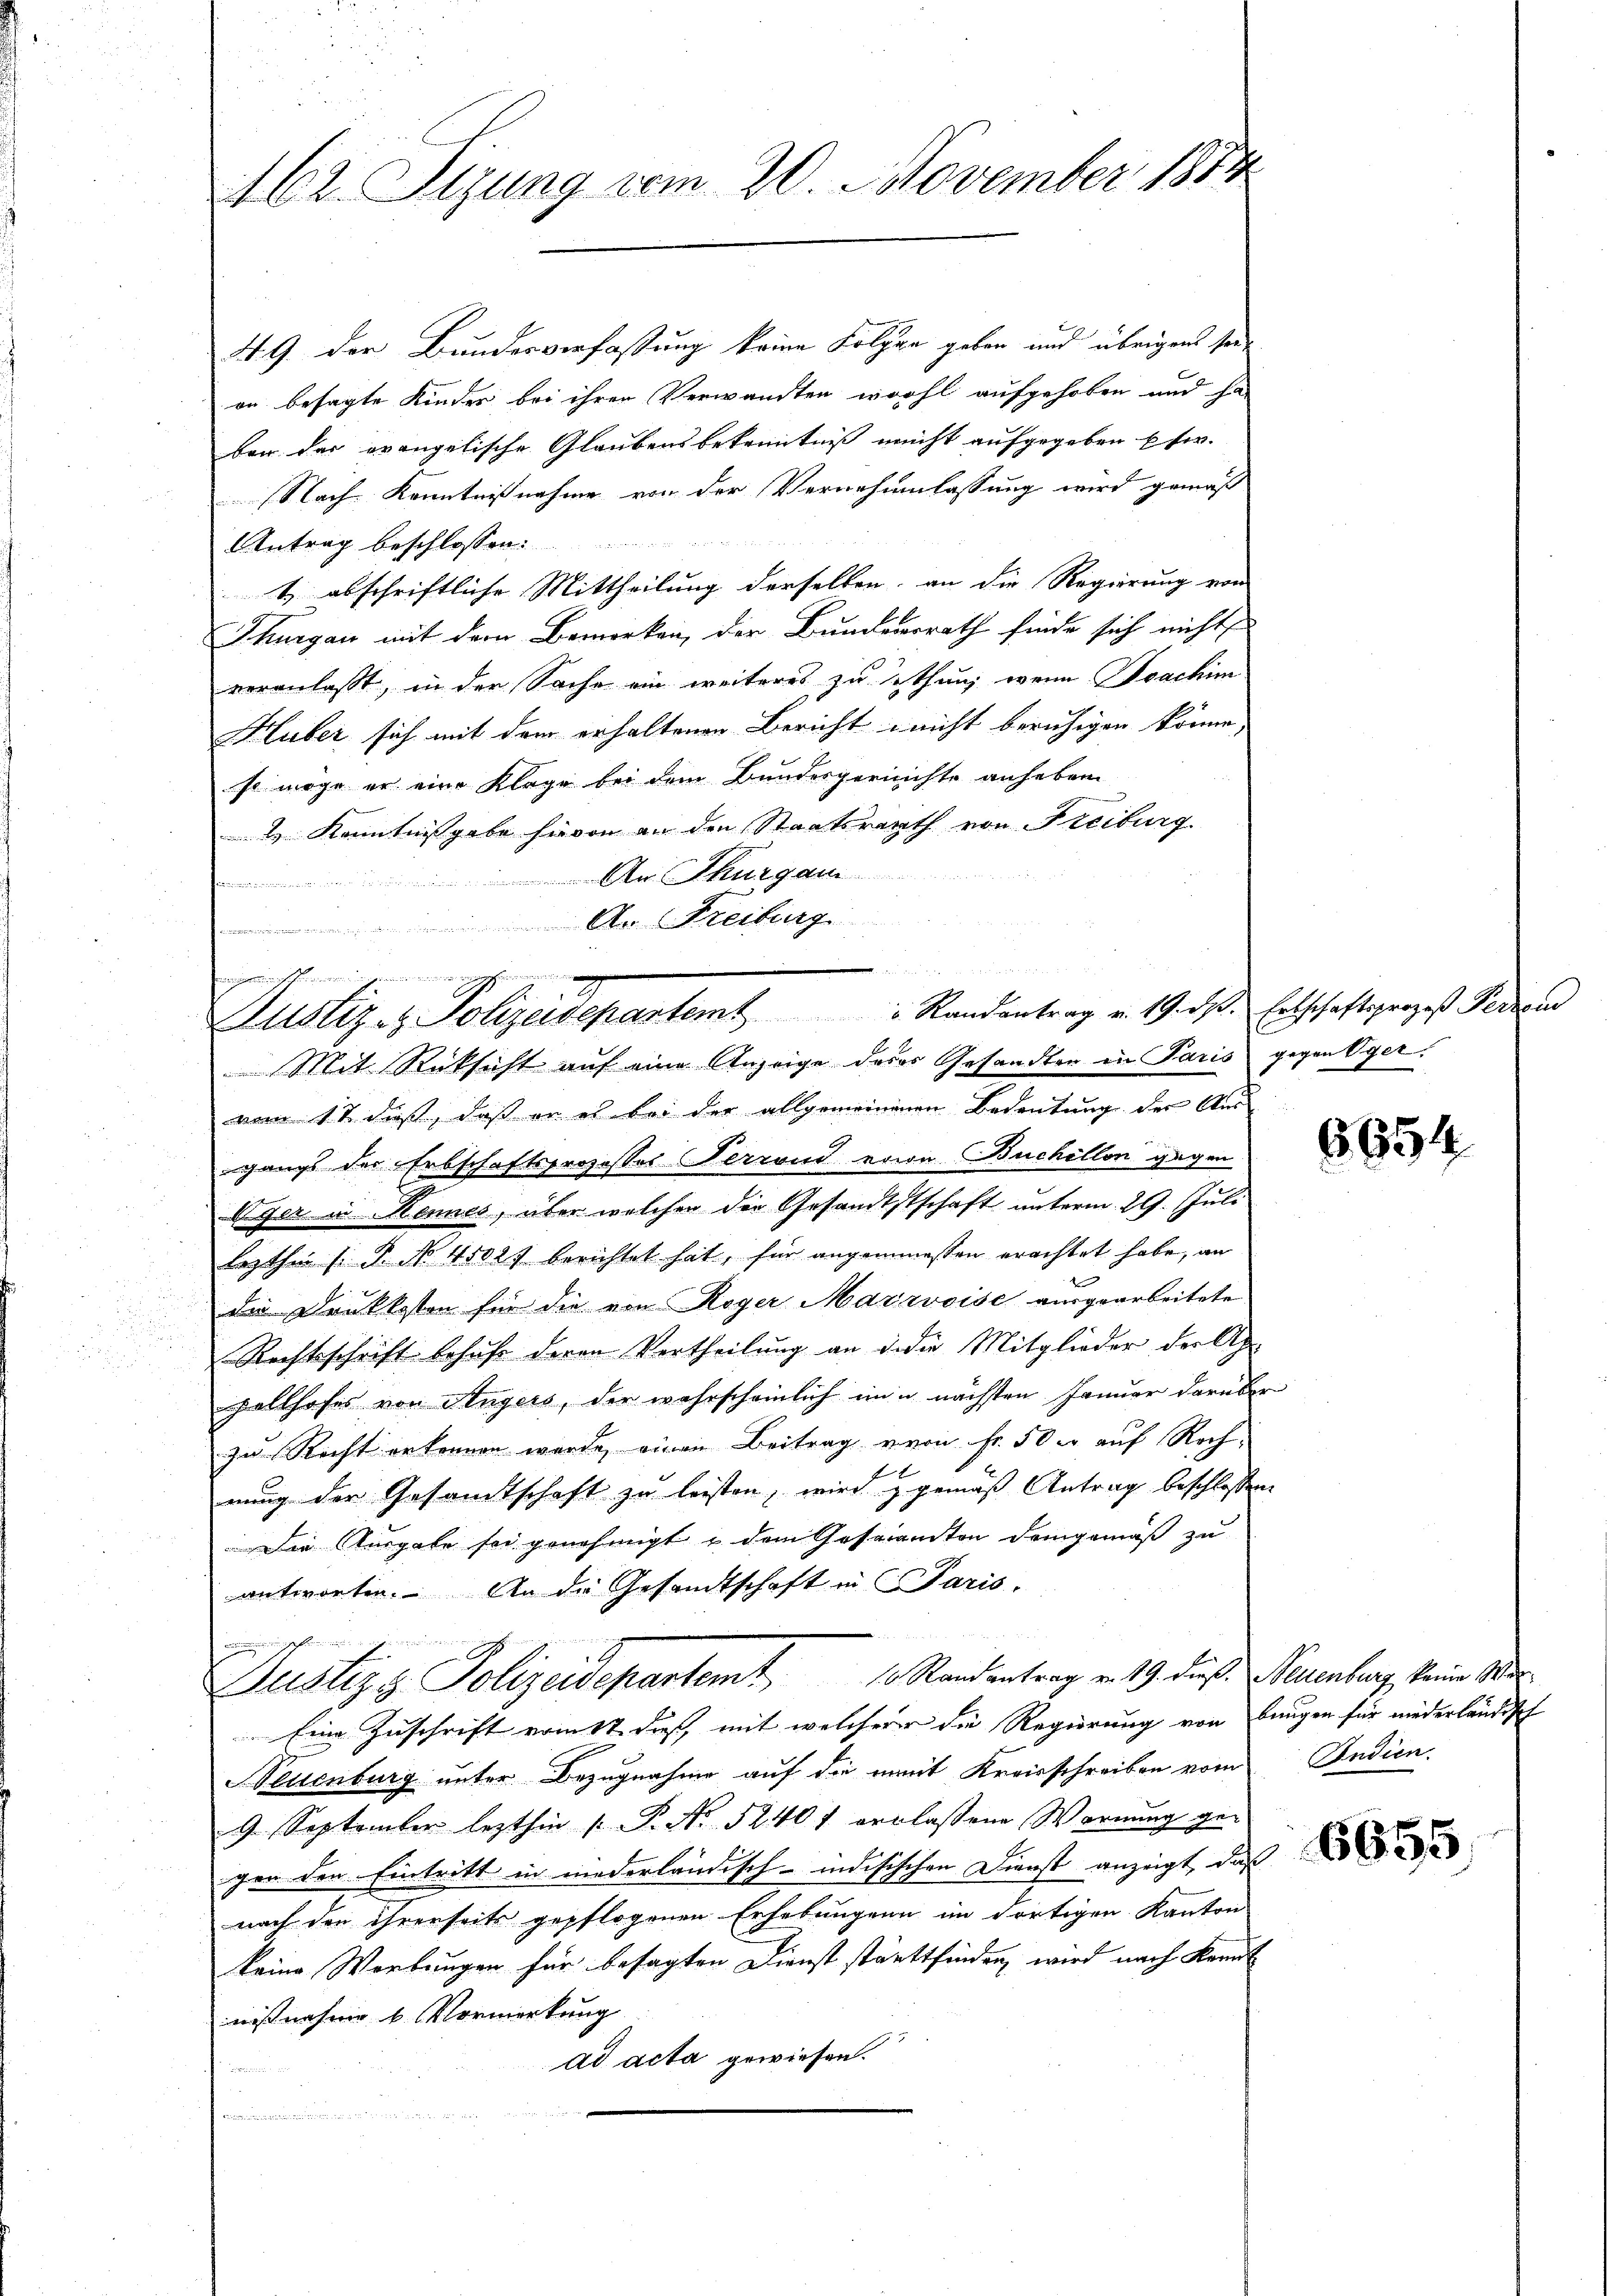
A. G. der Bundesverfassung keine Folgen geben und übrigens seion besagte Kinder bei ihren Verwandten wohl aufgehoben und ha
ben der evangelische Glaubensbekenntniß nicht aufgegeben etw
Nach Kenntnisnahme von der Vernehmlassung wird gemäß
Antrag beschlossen:
t abschriftliche Mittheilung derselben, an die Regierung von
Thurgau mit dem Bemerken, der Bundererrath finde sich nicht
veranlaßt, in der Sache ein weiteres zu thung wenn Joachim
Huber sich mit dem erhaltenen Bericht nicht beruhigen könne,
so möge er eine Klage bei dem Bundesgerichte anheben
1 Kenntnißgabe hievon an den Staatsrath von Freiburg
An Thurgau
Primination immen an der er¬
 An Freiburg
Mit Rücksicht auf eine Anzeige deres Gesandten in Paris gegen Vervom 11. dieß, daß er es bei der allgemeinenen Bedeutung der Aus
gangs der Erbschaftsprozesser Terrond ein Buchellon gegen
Eger in Kennes, über welchen die Gesandtstschaft unterm 29. Juli
lezthin s. B. No 4502. berichtet hat, für angemeinsten erachtet habe, an
die Druckkosten für die von Roger Marzvoise ausgearbeitete
Rechtsschrift behufe deren Vertheilung an deder Mitglieder der Ap
pellhofes von Angers, der wahrscheinlich in u. nächsten Januar darüber
zu Recht erkennen wurde, einen Beitrag von Fr. 50 er auf Roch-
nung der Gesandtschaft zu leisten, wird & gemäß Antrag beschlossen
Die Ausgabe sei genehmigt & dem Gesandten demgemäß zu
antworten. An die Gesandtschaft in Paris,
n
Justiz & Polizeidepartemt 10 Randentrag v. 19. dieß. Neuenburg, keine Wer
Eine Zuschrift vom 17 dieß, mit welcherer die Regierung von Bungen für niederländisch
Neuenburg unter Bezugnahme auf die mit Kreisschreiben vom
9 September lezthin /: P. No 5240 f verlaßene Wornung gegen den Eintritt in niederländisch-indisischen Dienst anzeigt, daß
nach den ihrerseits gepflogenen Erhebungen im dortigen Kanton
keine Werbungen für besagten Dienst stattfinden, wird nach Kennt
nisnahme u. Vormerkung
ad acta gewiesen.
.
frommenen un

A62. Sizung vom 20. November 1874

nkigen
Justiz- & Polizeisepartem Randantrag v. 19. ds. Entschaftsprozeß Perrond

n

6654

Indien.

6655,